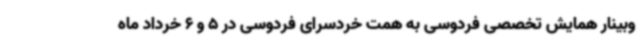
وبینار همایش تخصصی فردوسی به همت خردسرای فردوسی در 5 و 6 خرداد ماه